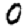
Digit: 0